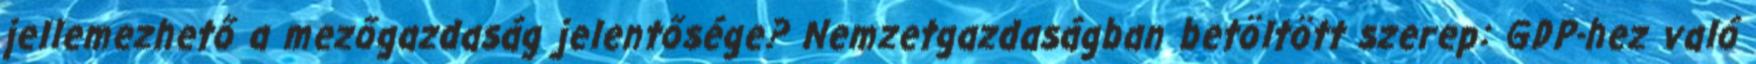
jellemezhető a mezőgazdaság jelentősége? Nemzetgazdaságban betöltött szerep: GDP-hez való